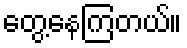
တွေ့နေကြတယ်။